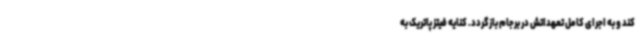
کند و به اجرای کامل تعهداتش در برجام بازگردد. کنایه فیتز پاتریک به